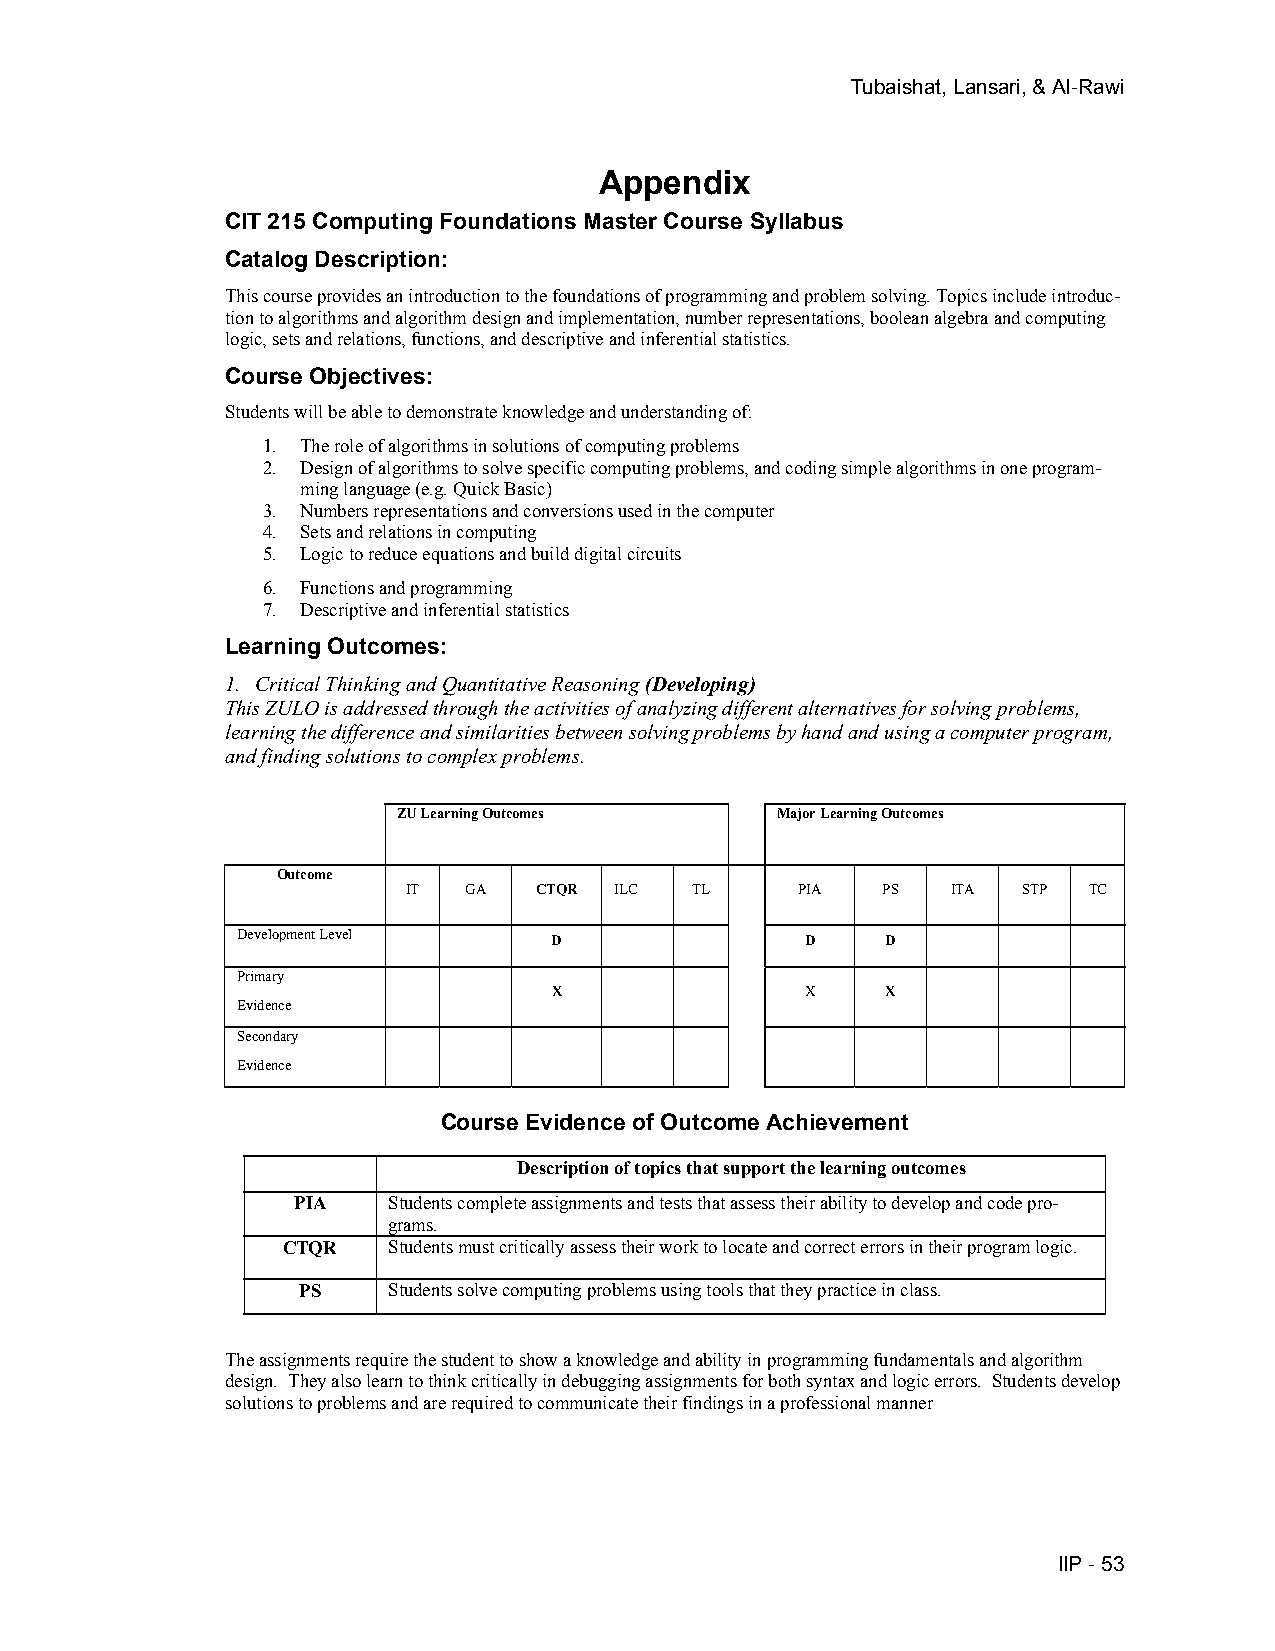
Tubaishat, Lansari, & Al-Rawi
 Appendix
 CIT 215 Computing Foundations Master Course Syllabus
 Catalog Description:
 This course provides an introduction to the foundations of programming and problem solving. Topics include introduc-
 tion to algorithms and algorithm design and implementation, number representations, boolean algebra and computing
 logic, sets and relations, functions, and descriptive and inferential statistics.
 Course Objectives:
 Students will be able to demonstrate knowledge and understanding of:
 1. The role of algorithms in solutions of computing problems
 2. Design of algorithms to solve specific computing problems, and coding simple algorithms in one program-
 ming language (e.g. Quick Basic)
 3. Numbers representations and conversions used in the computer
 4. Sets and relations in computing
 5. Logic to reduce equations and build digital circuits
 6. Functions and programming
 7. Descriptive and inferential statistics
 Learning Outcomes:
 1. Critical Thinking and Quantitative Reasoning (Developing)
 This ZULO is addressed through the activities of analyzing different alternatives for solving problems,
 learning the difference and similarities between solving problems by hand and using a computer program,
 and finding solutions to complex problems.
 ZU Learning Outcomes     Major Learning Outcomes
 Outcome
 IT  GA  CTQR  ILC  TL     PIA  PS   ITA  STP TC
 Development Level    D               D     D
 Primary
 X               X     X
 Evidence
 Secondary
 Evidence
 Course Evidence of Outcome Achievement
 Description of topics that support the learning outcomes
 PIA    Students complete assignments and tests that assess their ability to develop and code pro-
 grams.
 CTQR   Students must critically assess their work to locate and correct errors in their program logic.
 PS    Students solve computing problems using tools that they practice in class.
 The assignments require the student to show a knowledge and ability in programming fundamentals and algorithm
 design. They also learn to think critically in debugging assignments for both syntax and logic errors. Students develop
 solutions to problems and are required to communicate their findings in a professional manner
 IIP - 53